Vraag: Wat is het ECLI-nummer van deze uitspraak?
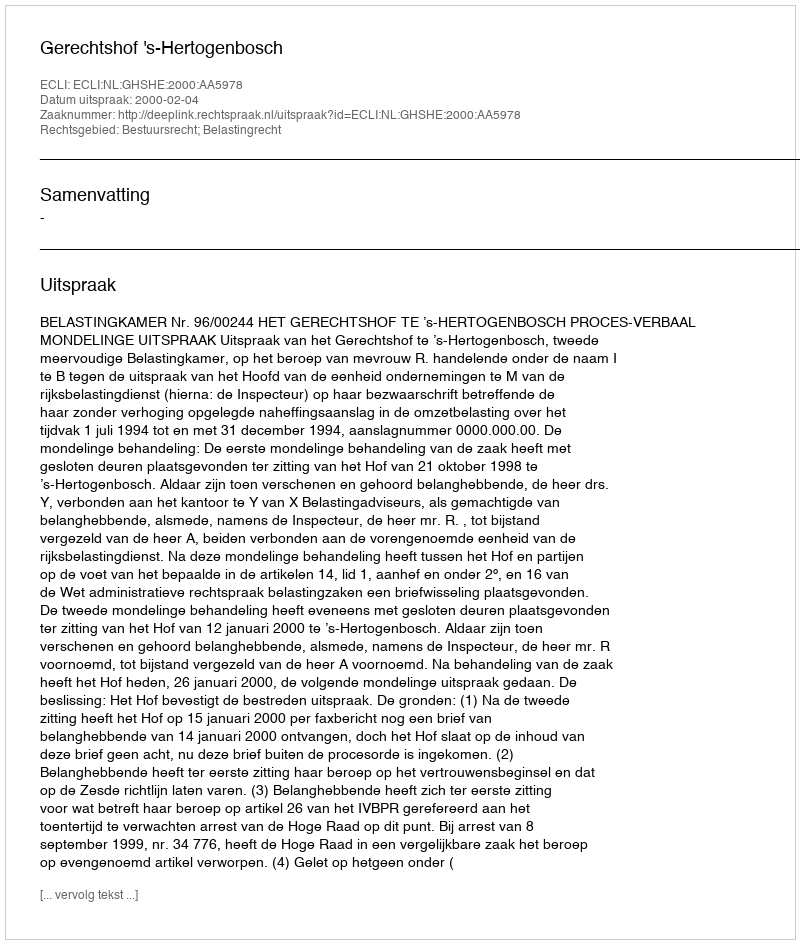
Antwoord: ECLI:NL:GHSHE:2000:AA5978